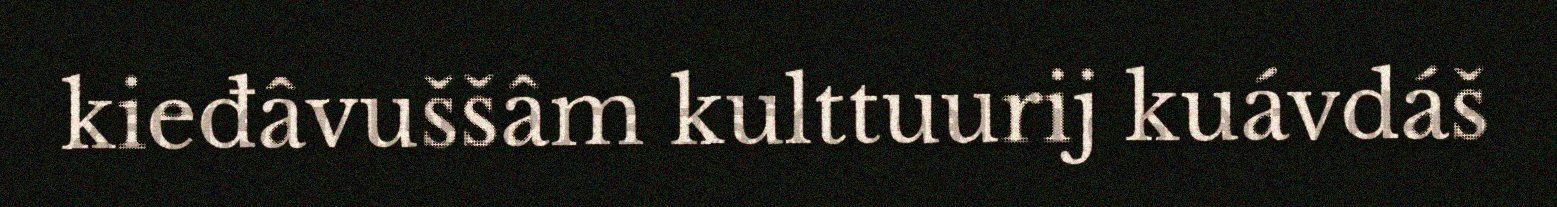
kieđâvuššâm kulttuurij kuávdáš